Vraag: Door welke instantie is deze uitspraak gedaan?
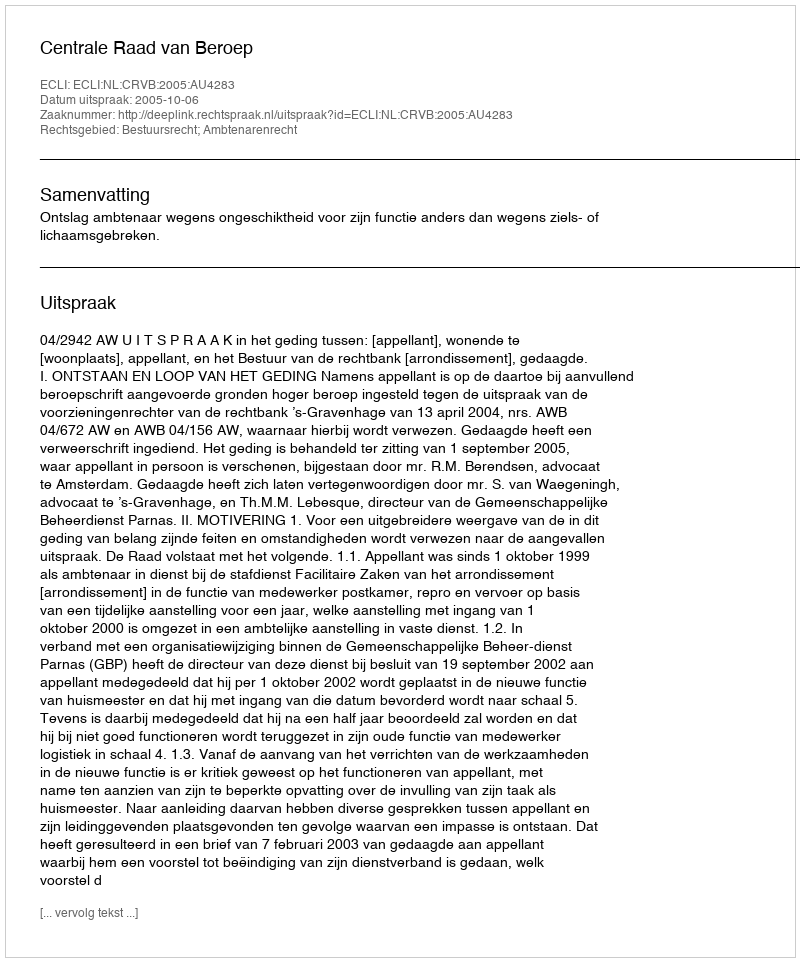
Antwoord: Centrale Raad van Beroep